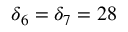
\delta _ { 6 } = \delta _ { 7 } = 2 8